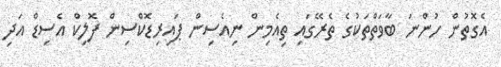
އެގޮތުން ހުންނަ ބާވަތްތަކުގެ ތެރޭގައި ތިއެމިން ނިއެސިން ޕައިރިޑޮކްސިން ފޮލިކް އެސިޑް އަދި